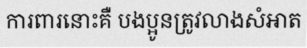
ការពារនោះគឺ បងប្អូនត្រូវលាងសំអាត